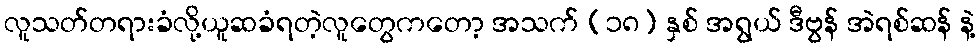
လူသတ်တရားခံလို့ယူဆခံရတဲ့လူတွေကတော့ အသက် (၁၈) နှစ် အရွယ် ဒီဗွန် အဲရစ်ဆန် နဲ့